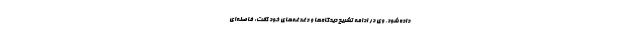
داده شود. وی در ادامه تشریح دیدگاه‌ها و دغدغه‌های خود گفت: فاصله‌ای